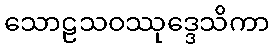
သောဠသဝဿုဒ္ဒေသိကာ